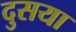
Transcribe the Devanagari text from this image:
दुसया